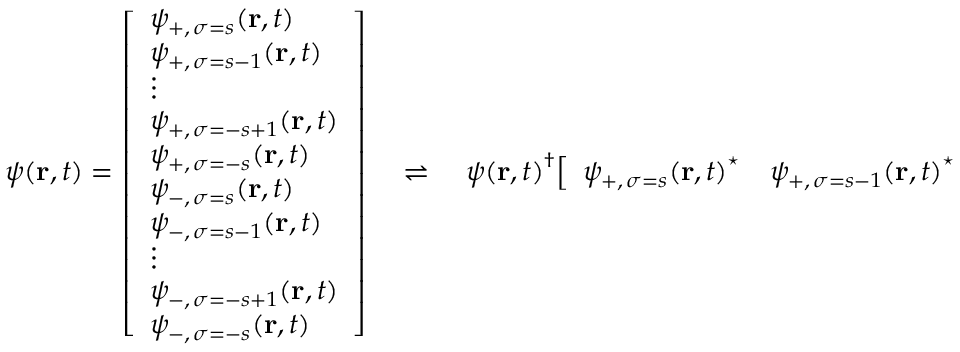
\psi ( \mathbf { r } , t ) = { \left[ \begin{array} { l } { \psi _ { + , \, \sigma = s } ( \mathbf { r } , t ) } \\ { \psi _ { + , \, \sigma = s - 1 } ( \mathbf { r } , t ) } \\ { \vdots } \\ { \psi _ { + , \, \sigma = - s + 1 } ( \mathbf { r } , t ) } \\ { \psi _ { + , \, \sigma = - s } ( \mathbf { r } , t ) } \\ { \psi _ { - , \, \sigma = s } ( \mathbf { r } , t ) } \\ { \psi _ { - , \, \sigma = s - 1 } ( \mathbf { r } , t ) } \\ { \vdots } \\ { \psi _ { - , \, \sigma = - s + 1 } ( \mathbf { r } , t ) } \\ { \psi _ { - , \, \sigma = - s } ( \mathbf { r } , t ) } \end{array} \right] } \quad \rightleftharpoons \quad { \psi ( \mathbf { r } , t ) } ^ { \dagger } { \left[ \begin{array} { l l l l } { { \psi _ { + , \, \sigma = s } ( \mathbf { r } , t ) } ^ { \star } } & { { \psi _ { + , \, \sigma = s - 1 } ( \mathbf { r } , t ) } ^ { \star } } & { \cdots } & { { \psi _ { - , \, \sigma = - s } ( \mathbf { r } , t ) } ^ { \star } } \end{array} \right] }